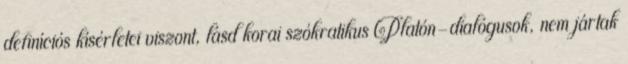
definíciós kísérletei viszont, lásd korai szókratikus Platón-dialógusok, nem jártak